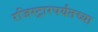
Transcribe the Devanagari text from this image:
रजिस्ट्रारपर्यंतच्या